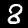
Digit: 8